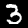
Digit: 3